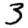
Digit: 3